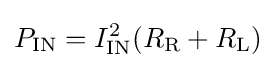
P_{\text{IN}}=I_{\text{IN}}^{2}(R_{\text{R}}+R_{\text{L}})